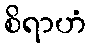
စိရာဟံ